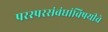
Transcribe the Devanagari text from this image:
परस्परसंबंधांविषयीचे